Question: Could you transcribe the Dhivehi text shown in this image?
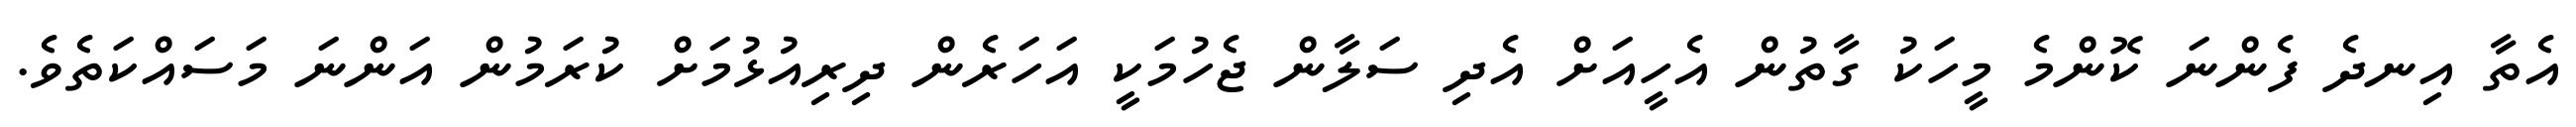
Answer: އެތާ އިނދެ ފެންނަ ކޮންމެ މީހަކު ގާތުން އެހީއަށް އެދި ސަލާން ޖެހުމަކީ އަހަރެން ދިރިއުޅުމަށް ކުރަމުން އަންނަ މަސައްކަތެވެ.